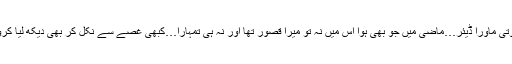
’’یہ ہر وقت کی ’’انا‘‘ بھی اچھی نہیں ہوتی ماورا ڈیئر…ماضی میں جو بھی ہوا اس میں نہ تو میرا قصور تھا اور نہ ہی تمہارا…کبھی غصے سے نکل کر بھی دیکھ لیا کرو…تمہاری صحت پر اچھا اثر پڑے گا۔